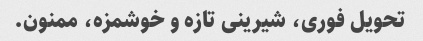
تحویل فوری، شیرینی تازه و خوشمزه، ممنون.